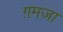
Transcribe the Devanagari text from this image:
ग़मज़ा